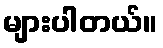
များပါတယ်။